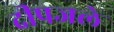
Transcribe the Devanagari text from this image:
दीपजले